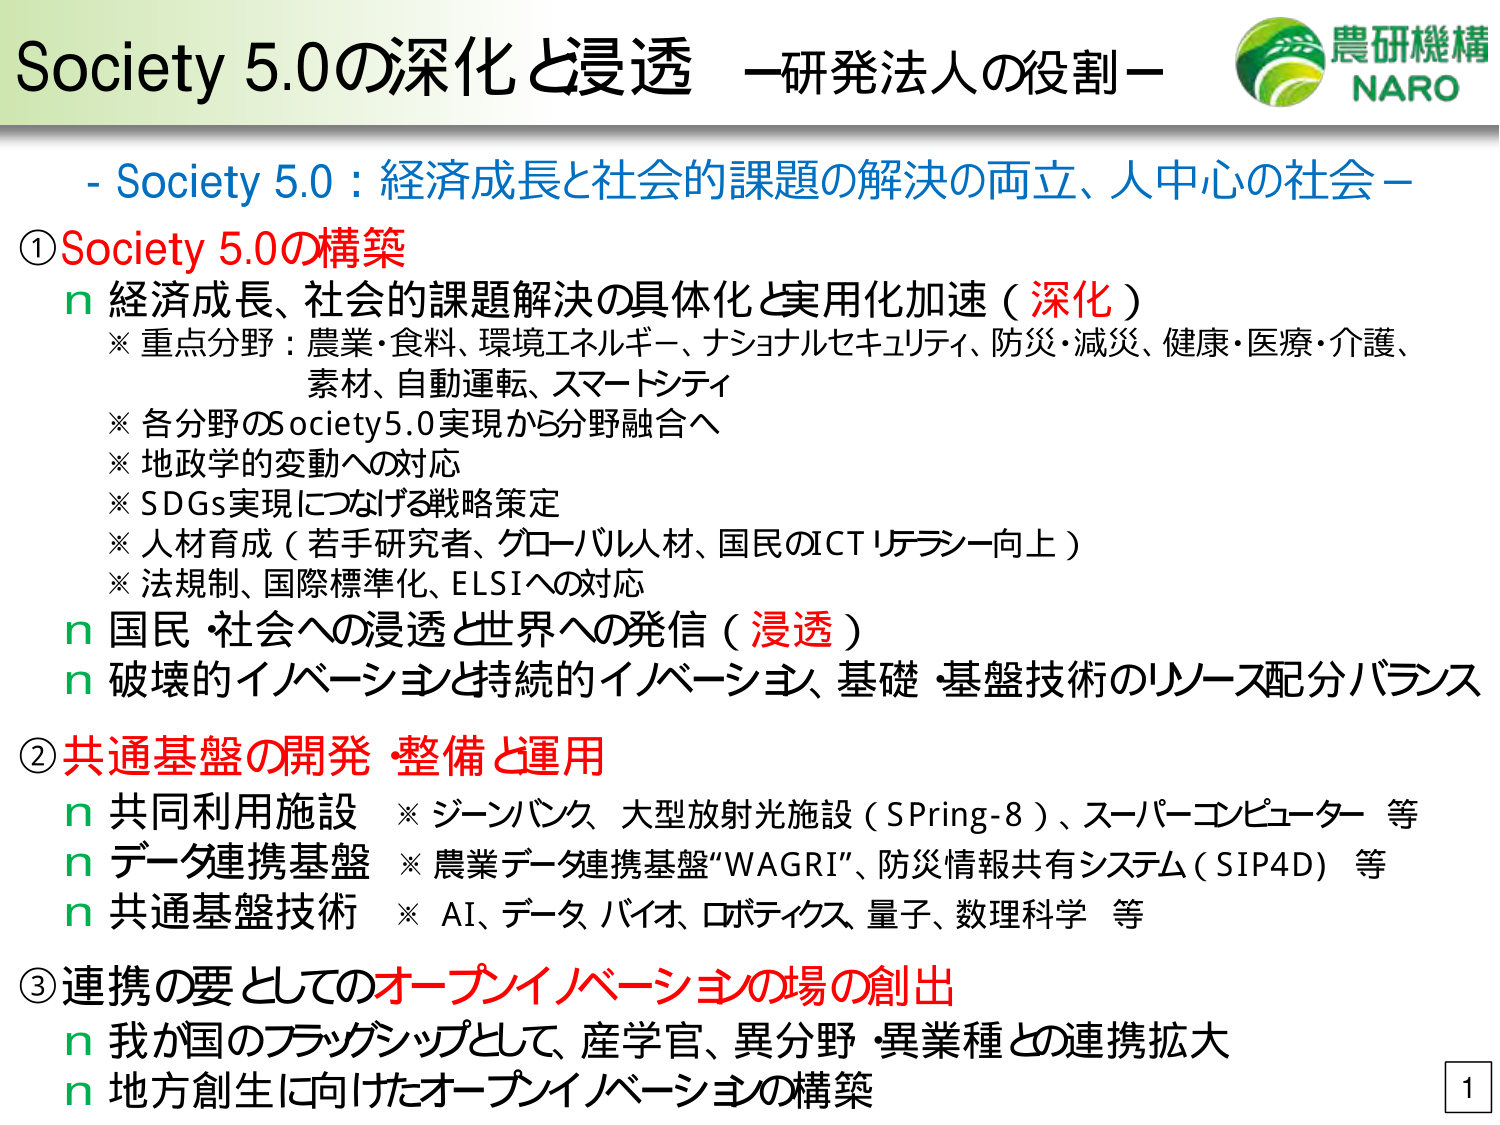
Society 5.0の深化と浸透 －研発法人の役割－
農研機構
NARO
- Society 5.0：経済成長と社会的課題の解決の両立、人中心の社会－
①Society 5.0の構築
n 経済成長、社会的課題解決の具体化と実用化加速（深化）
※ 重点分野：農業・食料、環境エネルギー、ナショナルセキュリティ、防災・減災、健康・医療・介護、
素材、自動運転、スマートシティ
※ 各分野のSociety5.0実現から分野融合へ
※ 地政学的変動への対応
※ SDGs実現につなげる戦略策定
※ 人材育成（若手研究者、グローバル人材、国民のICTリテラシー向上）
※ 法規制、国際標準化、ELSIへの対応
n 国民・社会への浸透と世界への発信（浸透）
n 破壊的イノベーションと持続的イノベーション、基礎・基盤技術のリソース配分バランス
②共通基盤の開発・整備と運用
n 共同利用施設 ※ ジーンバンク、大型放射光施設（SPring-8）、スーパーコンピューター 等
n データ連携基盤 ※ 農業データ連携基盤“WAGRI”、防災情報共有システム（SIP4D） 等
n 共通基盤技術 ※ AI、データ バイオ、ロボティクス、量子、数理科学 等
③連携の要としてのオープンイノベーションの場の創出
n 我が国のフラッグシップとして、産学官、異分野・異業種との連携拡大
n 地方創生に向けたオープンイノベーションの構築
1